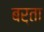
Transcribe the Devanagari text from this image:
बर्ता